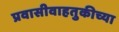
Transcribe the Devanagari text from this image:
प्रवासीवाहतुकीच्या